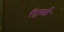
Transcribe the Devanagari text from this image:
ट्रिगर्ड